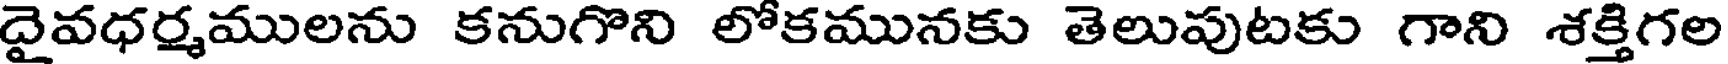
దైవధర్మములను కనుగొని లోకమునకు తెలుపుటకు గాని శక్తిగల